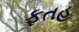
ફતહ